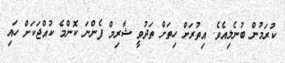
ކުރަމުން ބުނެލިއެވެ. އިތުރަށް ހިތަށް ތަދުވީ ޝާރިމް ފެންނަ ކޮންމެ ކުއްޖަކަށް ހައި